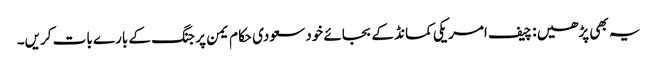
یہ بھی پڑھیں : چیف امریکی کمانڈ کے بجائے خود سعودی حکام یمن پر جنگ کے بارے بات کریں۔